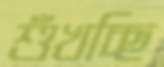
শুঁখচ্ছি